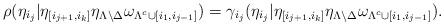
LaTeX: \begin{align*} \rho(\eta_{i_j}| \eta_{[i_{j+1}, i_k]}\eta_{\Lambda \setminus \Delta}\omega_{\Lambda^c\cup [i_1, i_{j-1}]}) = \gamma_{i_j}(\eta_{i_j}| \eta_{[i_{j+1}, i_k]}\eta_{\Lambda \setminus \Delta}\omega_{\Lambda^c\cup [i_1, i_{j-1}]}). \end{align*}